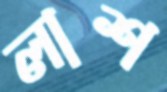
লাশ